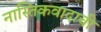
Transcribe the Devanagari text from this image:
नास्तिकवादाची